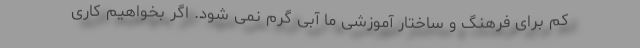
کم برای فرهنگ و ساختار آموزشی ما آبی گرم نمی شود. اگر بخواهیم کاری